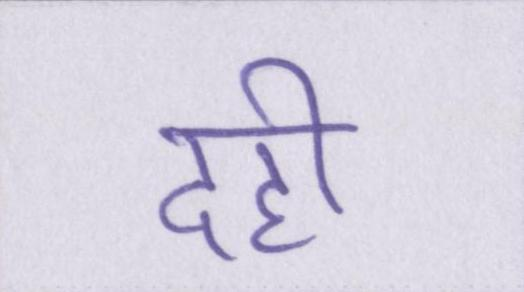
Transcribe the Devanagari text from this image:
दही